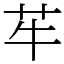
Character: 䒜